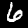
Digit: 6